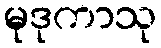
မုဒုကာသု